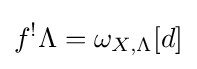
f^{!}\Lambda =\omega _{X,\Lambda }[d]